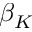
\beta _ { K }